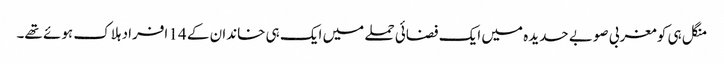
منگل ہی کو مغربی صوبے حدیدہ میں ایک فضائی حملے میں ایک ہی خاندان کے 14 افراد ہلاک ہوئے تھے۔